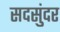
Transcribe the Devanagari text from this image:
सदसुंदर